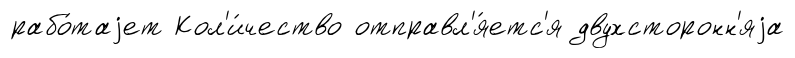
рабо́таjет Кол'и́чество отправл'я́етс'я двухсторонн'яjа